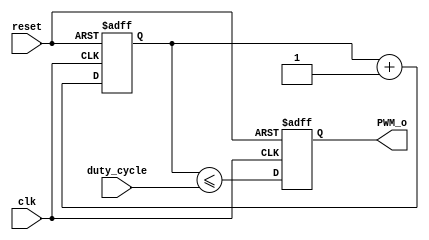
// simple pwm control with configurable resolution
// default resolution is 8 bits - 256 levels

// we operate in a set of 2^resolution-bits clock cycles, and in every set, we set the output
// to "duty_cycle" number of clock cycles to achieve output intensity variation.
// ideally, the clk input should be fast enough so that a set of 2^resolution-bits clock cycles <= 1/60 second
// this will ensure that the variation of output-on and output-off is fast enough to be imperceptible
// to the human eye (targeting led brightness control)

// distributed pwm would be even better, however, here we implement simple on-off pwm.

module ONION_PWM (
    duty_cycle,
    clk,
    reset,
    PWM_o
);

// MODULE Parameters =====================================================================

parameter PWM_RESOLUTION_BITS = 8;


// MODULE Internal Parameters ============================================================
// NONE


// MODULE PORT Declarations and Data Types ===============================================

input       wire    [PWM_RESOLUTION_BITS-1:0]       duty_cycle          ;
input       wire                                    clk                 ;
input       wire                                    reset               ;
output      wire                                    PWM_o               ;



// MODULE INTERNAL Signals ===============================================================
reg [PWM_RESOLUTION_BITS-1:0]   clk_counter;

reg                             PWM_o_state;


// MODULE LOGIC ==========================================================================

// counts 2^resolution-bits clock cycles and starts again
always@ (posedge clk or negedge reset)
    if (!reset)
        clk_counter <= 0;
    else
        clk_counter <= clk_counter + 1;


// drive the LED on or off depending on where we are in the 2^resolution-bits clock cycle period
always@ (posedge clk or negedge reset)
    if (!reset)
        PWM_o_state <= 1'b0;
    else
        PWM_o_state <= (clk_counter <= duty_cycle);


assign PWM_o = PWM_o_state;


endmodule